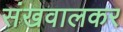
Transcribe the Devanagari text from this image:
संखवालकर